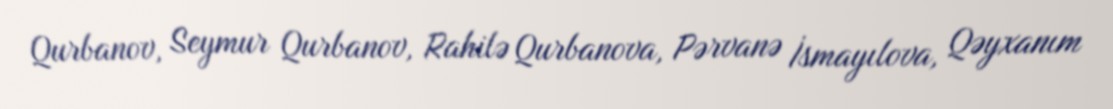
Qurbanov, Seymur Qurbanov, Rahilə Qurbanova, Pərvanə İsmayılova, Qəyxanım